Report on sanitation, dispensaries, and jails in Rajputana for 1918, and on vaccination for the year 1918-1919 - 1918-1919
Year: 1918
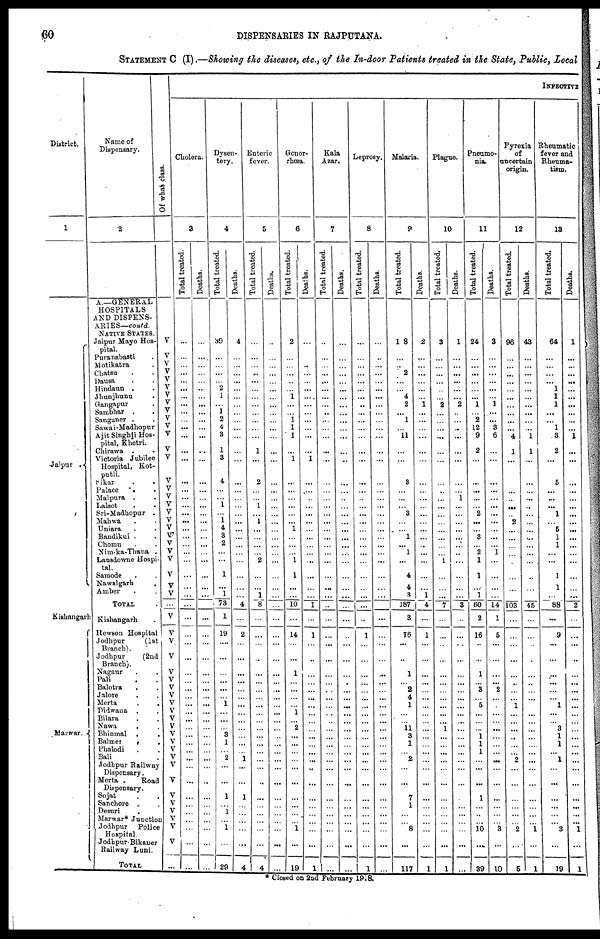
60
DISPENSARIES IN RAJPUTANA.
STATEMENT C (I).—Showing the diseases, etc., of the In-door Patients treated in the State, Public, Local
District.
1
Jaipur
.
Kishangarh
Marwar.
Name of
Dispensary.
2
A.—GENERAL
HOSPITALS
AND DISPENS-
ARIES—contd.
NATIVE STATES.
Jaipur Mayo Hos-
pital.
Puranabasti .
Motikatra .
Chatsu . .
Dausa . .
Hindaun . .
Jhunjhunu . .
Gangapur .
Sambhar . .
Sanganer . .
Sawai-Madhopur
Ajit Singhji Hos-
pital, Khetri.
Chirawa .
.
Victoria Jubilee
Hospital, Kot-
putli.
Sikar
.
.
Palace . .
Malpura . .
Lalsot . .
Sri-Madhopur . .
Mahwa . .
Uniara . .
Bandikui . .
Chomu . .
Nim-ka-Thana .
Lansdowne Hospi¬
tal.
Samode . .
Nawalgarh .
Amber . .
TOTAL .
Kishangarh .
Hewson Hospital
Jodhpur
(1st
Branch).
Jodhpur
(2nd
Branch).
Nagaur . .
Pali . .
Balotra . .
Jalore . .
Merta . .
Didwana . .
Bilara . .
Nawa . .
Bhinmal . .
Balmer . .
Phalodi
. .
Bali .
Jodhpur Railway
Dispensary.
Merta
Road
Dispensary.
Sojat . .
Sanchore . .
Desuri
.
Marwar* Junction
Jodhpur Police
Hospital.
Jodhpur-Bikaner
Railway Luni.
TOTAL.
Of what class.
V
V
V
V
V
V
V
V
V
V
V
V
V
V
V
V
V
V
V
V
V
V
V
V
V
V
V
V
...
V
V
V
V
V
V
V
V
V
V
V
V
V
V
V
V V
V
V
V
V
V
V
V
...
INFECTIVE
Cholera.
3
Total treated.
...
...
...
...
...
...
...
...
...
...
...
...
...
...
...
...
...
...
...
...
...
...
...
...
...
...
...
...
...
...
...
...
...
...
...
...
...
...
...
...
...
...
...
...
...
...
...
...
...
...
...
V
...
...
Deaths.
...
...
...
...
...
...
...
...
...
...
...
...
...
...
...
...
...
...
...
...
...
...
...
...
...
...
...
...
...
...
...
...
...
...
...
...
...
...
...
...
...
...
...
...
...
...
...
...
...
...
...
...
...
...
Dysen-
tery.
4
Total treated.
39
...
...
...
...
2
1
...
1
2
4
3
1
3
4
...
...
1
...
1
4
3 2
...
...
1
...
1
73
1
19
...
...
...
...
...
...
1
...
...
...
3
1
...
2
...
...
1
...
1
...
1
...
29
Deaths.
4
...
...
...
...
...
...
...
...
...
...
...
...
...
...
...
...
...
...
...
...
...
...
...
...
...
...
...
4
...
2
...
...
...
...
...
...
...
...
...
...
...
...
...
1
...
...
1
...
...
...
...
...
4
Enteric
fever.
5
Total treated.
...
...
...
...
...
...
...
...
...
...
...
...
1
...
2
...
...
1
...
1
...
...
...
...
2
...
...
1
8
...
...
...
...
...
...
...
...
...
...
...
...
...
...
...
...
...
...
...
...
...
...
...
...
4
Deaths.
...
...
...
...
...
...
...
...
...
...
...
...
...
...
...
...
...
...
...
...
...
...
...
...
...
...
...
...
...
...
...
...
...
...
...
...
...
...
...
...
...
...
...
...
...
...
...
...
...
...
...
...
...
...
Gonor-
rhœa.
6
Total treated.
2
...
...
...
...
...
1
...
...
1
1
1
...
1
...
...
...
...
...
...
1
...
...
...
1
1
...
...
10
...
14
...
...
1
...
...
...
...
1
...
2
...
...
...
...
...
...
...
...
...
...
1
...
19
Deaths.
...
...
...
...
...
...
...
...
...
...
...
...
...
1
...
...
...
...
...
...
...
...
...
...
...
...
...
...
1
...
1
...
...
...
...
...
...
...
...
...
...
...
...
...
...
...
...
...
...
...
...
...
...
1
Kala
Azar.
7
Total treated.
...
...
...
...
...
...
...
...
...
...
...
...
...
...
...
...
...
...
...
...
...
...
...
...
...
...
...
...
...
...
...
...
...
...
...
...
...
...
...
...
...
...
...
...
...
...
...
...
...
...
...
...
...
...
Deaths.
...
...
...
...
...
...
...
...
...
...
...
...
...
...
...
...
...
...
...
...
...
...
...
...
...
...
...
...
...
...
...
...
...
...
...
...
...
...
...
...
...
...
...
...
...
...
...
...
...
...
...
...
...
...
Leprosy.
8
Total treated.
...
...
...
...
...
...
...
...
...
...
...
...
...
...
...
...
...
...
...
...
...
...
...
...
...
...
...
...
...
...
1
...
...
...
...
...
...
...
...
...
...
...
...
...
...
...
...
...
...
...
...
...
...
1
Deaths.
...
...
...
...
...
...
...
...
...
...
...
...
...
...
...
...
...
...
...
...
...
...
...
...
...
...
...
...
...
...
...
...
...
...
...
...
...
...
...
...
...
...
...
...
...
...
...
...
...
...
...
...
...
...
Malaria.
9
Total treated.
18
...
...
2
...
...
4
2
... 1
...
11
...
...
3
...
...
... 3
...
...
1
...
1
...
4
4
3
187
3
76
...
...
1
...
2
4
1
...
...
11
3
1
...
2
...
...
7
1
...
...
8
...
117
Deaths.
2
...
...
...
...
...
...
1
...
...
...
...
...
...
...
...
...
...
...
...
...
...
...
...
...
...
...
1
4
...
1
...
...
...
...
...
...
...
...
...
...
...
...
...
...
...
...
...
...
...
...
...
...
1
Plague.
10
Total treated.
3
...
...
...
...
...
...
2
...
...
...
...
...
...
...
...
...
...
...
...
...
...
...
...
1
...
...
...
7
...
...
...
...
...
...
...
...
...
...
...
1
...
...
...
...
...
...
...
...
...
...
...
...
1
Deaths.
1
...
...
...
...
...
...
2
...
...
...
...
...
...
...
...
1
...
...
...
...
...
...
...
...
...
...
...
3
...
...
...
...
...
...
...
...
...
...
...
...
...
...
...
...
...
...
...
...
...
...
...
...
...
Pneumo-
nia.
11
Total treated.
24
...
...
...
...
...
...
1
...
2
12
9
2
...
...
...
...
...
2
...
...
3
...
2
1
1
...
1
60
2
16
...
...
1
...
3
...
5
...
...
...
1
1
1
...
...
...
1
...
...
...
10
...
39
Deaths.
3
...
...
...
...
...
...
1
...
...
3
6
...
...
...
...
...
...
...
...
...
...
...
1
...
...
...
...
14
1
5
...
...
...
...
2
...
...
...
...
...
...
...
...
...
...
...
...
...
...
...
3
...
10
Pyrexia
of
uncertain
origin.
12
Total treated.
96
...
...
...
...
...
...
...
...
...
...
4
1
...
...
...
...
...
...
2
...
...
...
...
...
...
...
...
103
...
...
...
...
...
...
...
...
1
...
...
...
...
...
...
2
...
...
...
...
...
...
2
...
5
Deaths.
43
...
...
...
...
...
...
...
...
...
...
1
1
...
...
...
...
...
...
...
...
...
...
...
...
...
...
...
45
...
...
...
...
...
...
...
...
...
...
...
...
...
...
...
...
...
...
...
...
...
...
1
...
1
Rheumatic
fever and
Rheuma-
tism.
13
Total treated.
64
...
...
...
... 1
1
1
...
...
1
3
2
...
5
...
...
... 1
... 5
1
1
...
...
1
1
...
88
...
9
...
...
...
...
...
...
1
...
... 3
1
1
...
1
...
...
...
...
...
...
3
...
19
Deaths.
1
...
...
...
...
...
...
...
...
...
...
1
...
...
...
...
...
...
...
...
...
...
...
...
...
...
...
...
2
...
...
...
. . .
...
...
...
...
...
...
...
...
...
...
...
...
...
...
...
...
...
...
1
...
1
* Closed on 2nd February 1918.